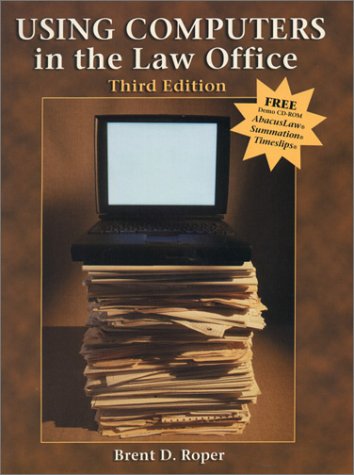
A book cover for Using Computers in the Law Office; Brent D. Roper; Law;